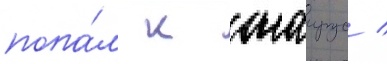
попа́л к саирус /